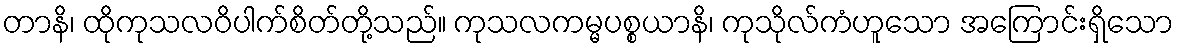
တာနိ၊ ထိုကုသလဝိပါက်စိတ်တို့သည်။ ကုသလကမ္မပစ္စယာနိ၊ ကုသိုလ်ကံဟူသော အကြောင်းရှိသော